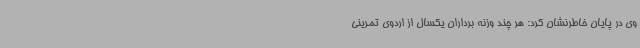
وی در پایان خاطرنشان کرد: هر چند وزنه برداران یکسال از اردوی تمرینی